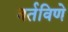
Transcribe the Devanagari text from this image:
वर्तविणे